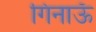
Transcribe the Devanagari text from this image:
गिनाऊँ